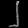
Digit: ၂